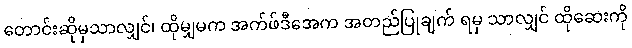
တောင်းဆိုမှသာလျှင်၊ ထိုမျှမက အက်ဖ်ဒီအေက အတည်ပြုချက် ရမှ သာလျှင် ထိုဆေးကို